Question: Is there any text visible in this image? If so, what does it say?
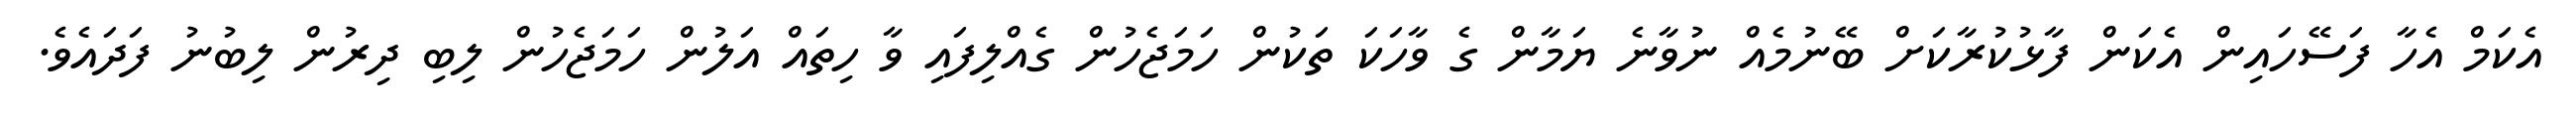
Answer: އެކަމް އެހާ ފަސޭހައިން އެކަން ފާޅުކުރާކަށް ބޭނުމެއް ނުވާނެ ޔަމާން ގެ ވާހަކަ ތަކުން ހަމަޖެހުން ގެއްލިފައި ވާ ހިތައް އަލުން ހަމަޖެހުން ލިބި ދިރުން ލިބުނު ފަދައެވެ.